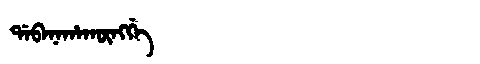
Manchu: ᡩᠠᠪᠠᠨᠠᡥᠠᡴᡡᠩᡤᡝ
Romanization: DABANAHAKŪNGGE